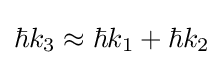
\hbar k_{3}\approx \hbar k_{1}+\hbar k_{2}